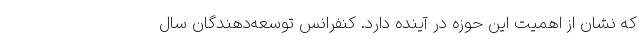
که نشان از اهمیت این حوزه در آینده دارد. کنفرانس توسعه‌دهندگان سال